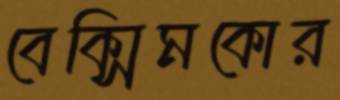
বেক্সিমকোর